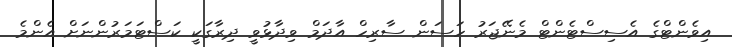
އިވެންޓްގެ އެސިސްޓެންޓް މެނޭޖަރު ހަސަން ސާރިހް އާދަމް ވިދާޅުވީ ދިރާގަކީ ކަސްޓަމަރުންނަށް އެންމެ